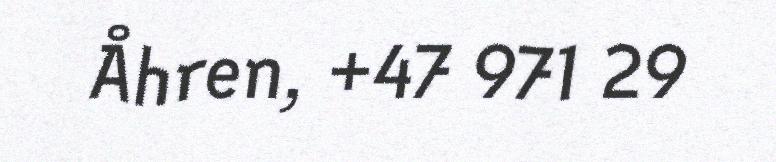
Åhren, +47 971 29